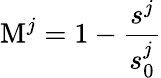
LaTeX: \textrm{M}^{j}=1-\frac{s^{j}}{s_{0}^{j}}